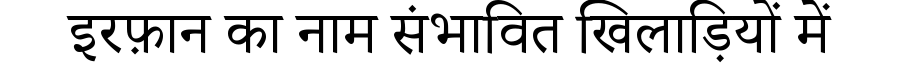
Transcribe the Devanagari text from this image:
इरफ़ान का नाम संभावित खिलाड़ियों में